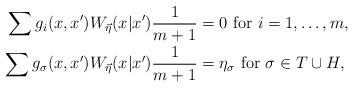
LaTeX: \begin{align*}\sum g_i(x,x') W_{\vec{\eta}}(x|x')\frac{1}{m+1} &= 0 \hbox{ for } i= 1, \ldots, m, \\\sum g_\sigma(x,x') W_{\vec{\eta}}(x|x')\frac{1}{m+1} &= \eta_\sigma \hbox{ for } \sigma \in T \cup H, \end{align*}